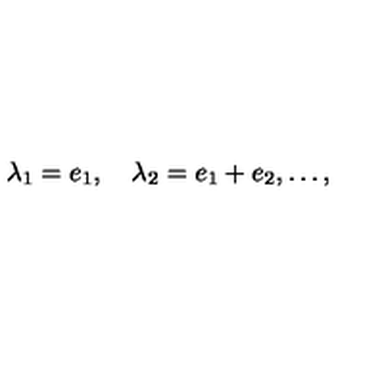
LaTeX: \lambda _ { 1 } = e _ { 1 } , \quad \lambda _ { 2 } = e _ { 1 } + e _ { 2 } , \ldots ,